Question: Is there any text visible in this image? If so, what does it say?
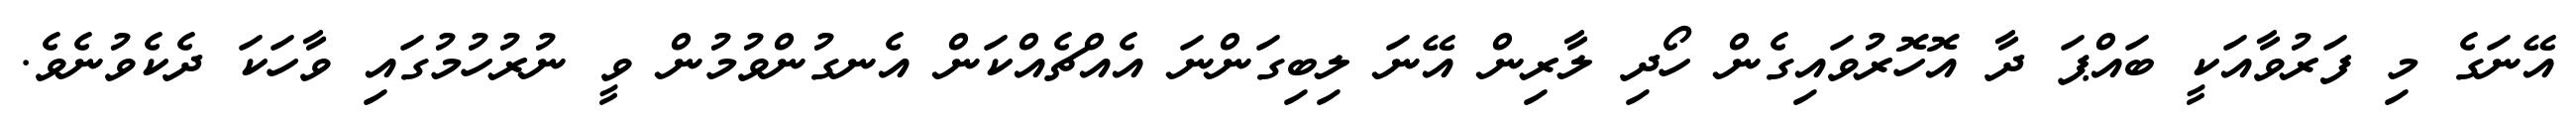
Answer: އޭނަގެ މި ފަރުވާއަކީ ބައްޕަ ދާ އޮހޮރުވައިގެން ހޯދި ލާރިން އޭނަ ލިބިގަންނަ އެއްޗެއްކަން އެނގުންވުމުން ވީ ނުރުހުމުގައި ވާހަކަ ދެކެވުނެވެ.